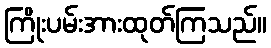
ကြိုးပမ်းအားထုတ်ကြသည်။